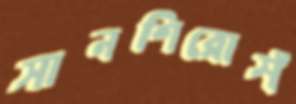
সানশিরোসঁ